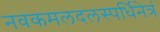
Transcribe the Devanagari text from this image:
नवकमलदलस्पर्धिनेत्रं